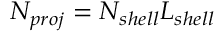
N _ { p r o j } = N _ { s h e l l } L _ { s h e l l }